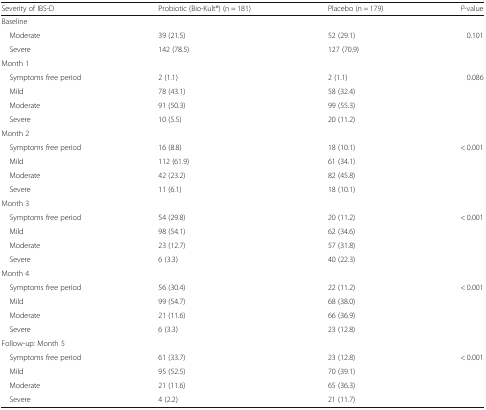
<table><thead><tr><td><b>Severity of IBS-D</b></td><td><b>Probiotic (Bio-Kult®) (n = 181)</b></td><td><b>Placebo (n = 179)</b></td><td><b><i>P</i>-value</b></td></tr></thead><tbody><tr><td colspan="4">Baseline</td></tr><tr><td> Moderate</td><td>39 (21.5)</td><td>52 (29.1)</td><td rowspan="2">0.101</td></tr><tr><td> Severe</td><td>142 (78.5)</td><td>127 (70.9)</td></tr><tr><td colspan="4">Month 1</td></tr><tr><td> Symptoms free period</td><td>2 (1.1)</td><td>2 (1.1)</td><td rowspan="4">0.086</td></tr><tr><td> Mild</td><td>78 (43.1)</td><td>58 (32.4)</td></tr><tr><td> Moderate</td><td>91 (50.3)</td><td>99 (55.3)</td></tr><tr><td> Severe</td><td>10 (5.5)</td><td>20 (11.2)</td></tr><tr><td colspan="4">Month 2</td></tr><tr><td> Symptoms free period</td><td>16 (8.8)</td><td>18 (10.1)</td><td rowspan="4">&lt; 0.001</td></tr><tr><td> Mild</td><td>112 (61.9)</td><td>61 (34.1)</td></tr><tr><td> Moderate</td><td>42 (23.2)</td><td>82 (45.8)</td></tr><tr><td> Severe</td><td>11 (6.1)</td><td>18 (10.1)</td></tr><tr><td colspan="4">Month 3</td></tr><tr><td> Symptoms free period</td><td>54 (29.8)</td><td>20 (11.2)</td><td rowspan="4">&lt; 0.001</td></tr><tr><td> Mild</td><td>98 (54.1)</td><td>62 (34.6)</td></tr><tr><td> Moderate</td><td>23 (12.7)</td><td>57 (31.8)</td></tr><tr><td> Severe</td><td>6 (3.3)</td><td>40 (22.3)</td></tr><tr><td colspan="4">Month 4</td></tr><tr><td> Symptoms free period</td><td>56 (30.4)</td><td>22 (11.2)</td><td rowspan="4">&lt; 0.001</td></tr><tr><td> Mild</td><td>99 (54.7)</td><td>68 (38.0)</td></tr><tr><td> Moderate</td><td>21 (11.6)</td><td>66 (36.9)</td></tr><tr><td> Severe</td><td>6 (3.3)</td><td>23 (12.8)</td></tr><tr><td colspan="4">Follow-up: Month 5</td></tr><tr><td> Symptoms free period</td><td>61 (33.7)</td><td>23 (12.8)</td><td rowspan="4">&lt; 0.001</td></tr><tr><td> Mild</td><td>95 (52.5)</td><td>70 (39.1)</td></tr><tr><td> Moderate</td><td>21 (11.6)</td><td>65 (36.3)</td></tr><tr><td> Severe</td><td>4 (2.2)</td><td>21 (11.7)</td></tr></tbody></table>